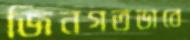
জিনগতভাবে